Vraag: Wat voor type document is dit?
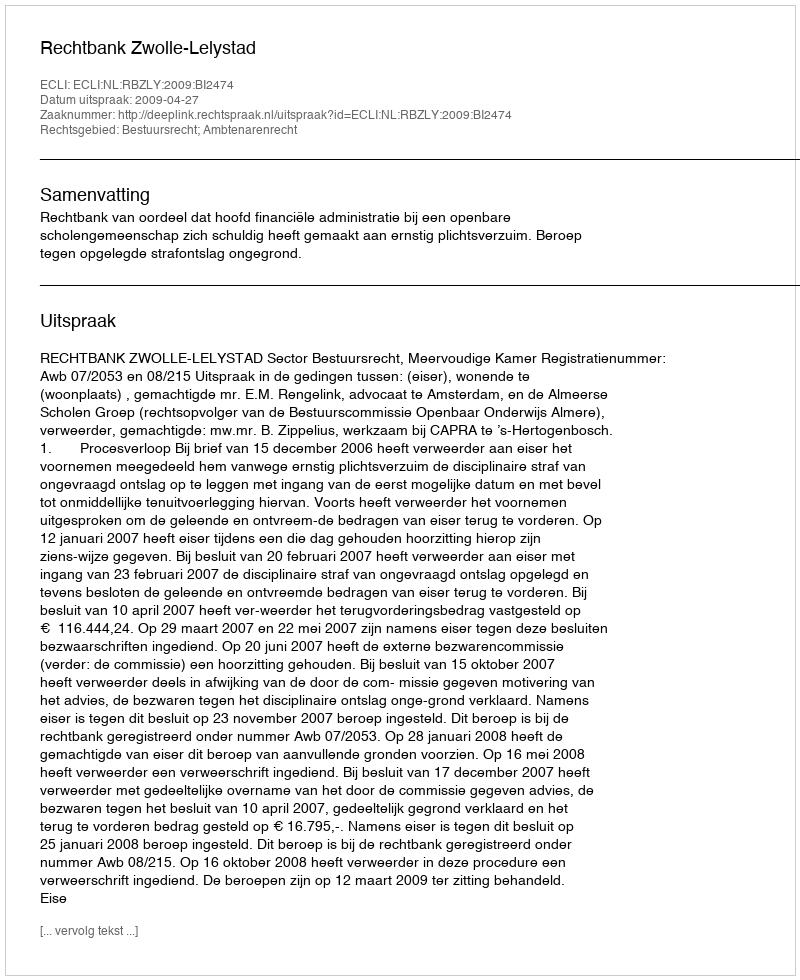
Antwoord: Uitspraak